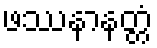
ဖဿနာနတ္တံ